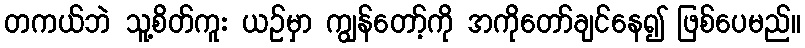
တကယ်ဘဲ သူ့စိတ်ကူး ယဉ်မှာ ကျွန်တော့်ကို အကိုတော်ချင်နေ၍ ဖြစ်ပေမည်။